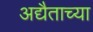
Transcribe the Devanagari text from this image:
अद्यैताच्या